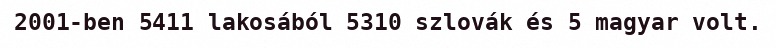
2001-ben 5411 lakosából 5310 szlovák és 5 magyar volt.